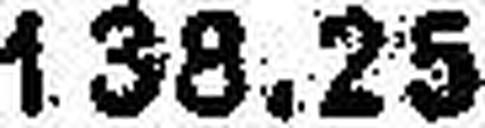
138.25